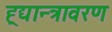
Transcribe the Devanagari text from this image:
ह्र्द्यान्त्रावरण